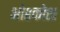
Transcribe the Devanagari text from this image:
ओश्कोश